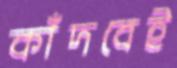
কাঁদবেই